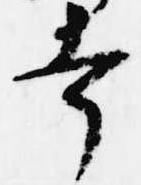
幸